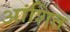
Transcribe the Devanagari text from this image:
आंशित